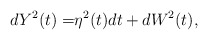
\begin{align*}\begin{aligned}dY^2(t)=&\eta^2(t)dt+dW^2(t),\end{aligned}\end{align*}